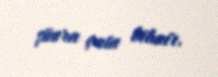
şüura çata bilmir.